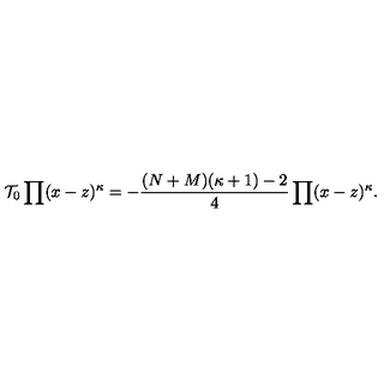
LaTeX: { \cal T _ { \mathrm { 0 } } } \prod ( x - z ) ^ { \kappa } = - \frac { ( N + M ) ( \kappa + 1 ) - 2 } { 4 } \prod ( x - z ) ^ { \kappa } .